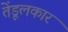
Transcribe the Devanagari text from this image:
तेंडूलकार